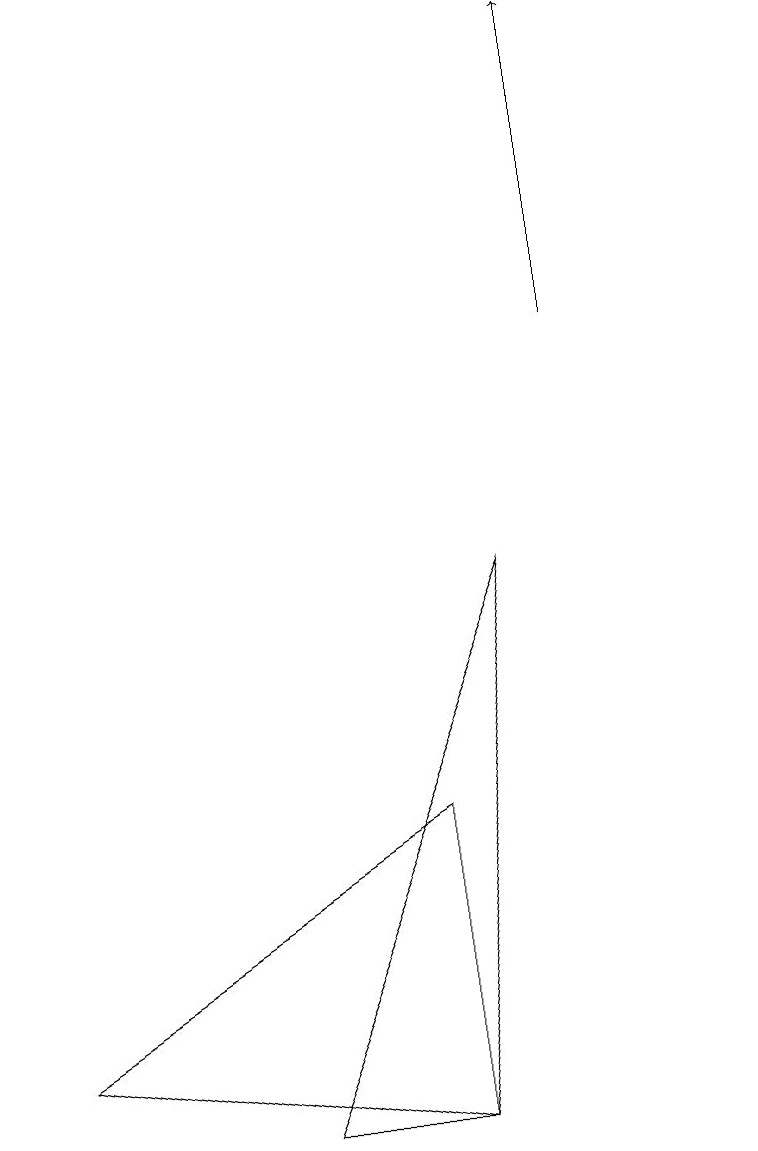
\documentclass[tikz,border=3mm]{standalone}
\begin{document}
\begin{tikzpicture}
\draw[->] (8,10) -- (8,14);
\draw (1,1) -- (6,4) -- (6,0) -- cycle;
\draw (7,7) -- (6,0) -- (4,0) -- cycle;
\draw (10,11) circle (0);
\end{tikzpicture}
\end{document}